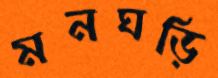
মনঘড়ি